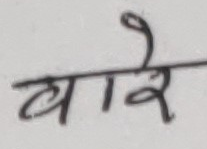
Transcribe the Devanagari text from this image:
बारे